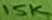
Text: 15K